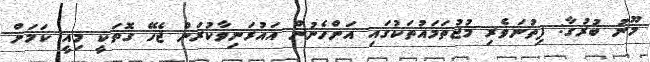
މޫނު ބުރުގާ: ފިތުނަވެރި މުޖުތަމައުތަކުގައި އަންހެނުން އައުރަނިވާކުރަން ޖެހޭ ގޮތަކީ މިއީ ކަމަށް